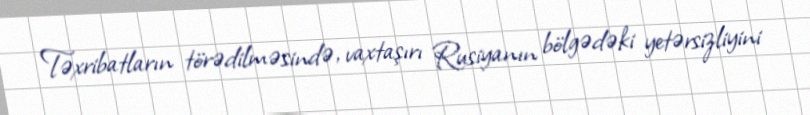
Təxribatların törədilməsində, vaxtaşırı Rusiyanın bölgədəki yetərsizliyini